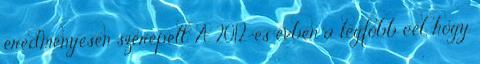
eredményesen szerepelt. A 2012-es évben a legfőbb cél, hogy